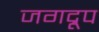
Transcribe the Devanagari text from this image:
जगद्रूप